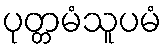
ပုတ္တမံသူပမံ